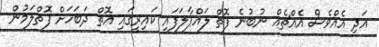
އަދި އެއްވެސް އެއްޗެއް ނުބުނެ ފޮތް ލައްޕާލަފައި ކައިރީގައި އޮތް ދަބަހަށް ފޮތްލަމުން